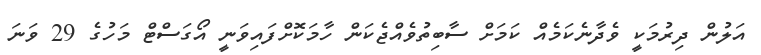
އަލުން ދިރުމަކީ ވެދާނެކަމެއް ކަމަށް ސާބިތުވެއްޖެކަން ހާމަކޮށްފައިވަނީ އޯގަސްޓް މަހުގެ 29 ވަނަ